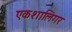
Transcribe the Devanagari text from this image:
एकशालिगर